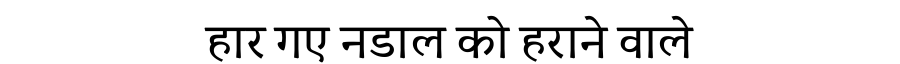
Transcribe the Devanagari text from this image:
हार गए नडाल को हराने वाले